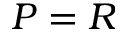
P = R